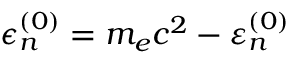
\epsilon _ { n } ^ { ( 0 ) } = m _ { e } c ^ { 2 } - \varepsilon _ { n } ^ { ( 0 ) }